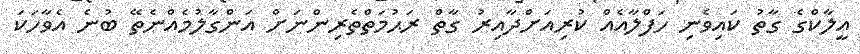
އީލާކްގެ ގާތު ކައިވެނި ހަފްލާއެއް ކުރިއަށްދާއިރު ގާތް ރަޙުމަތްތެރިންނަށް އަންގާލުމެއްނެތޭ ބުނެ އެވާހަކަ